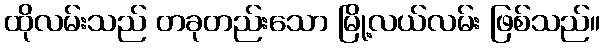
ထိုလမ်းသည် တခုတည်းသော မြို့လယ်လမ်း ဖြစ်သည်။